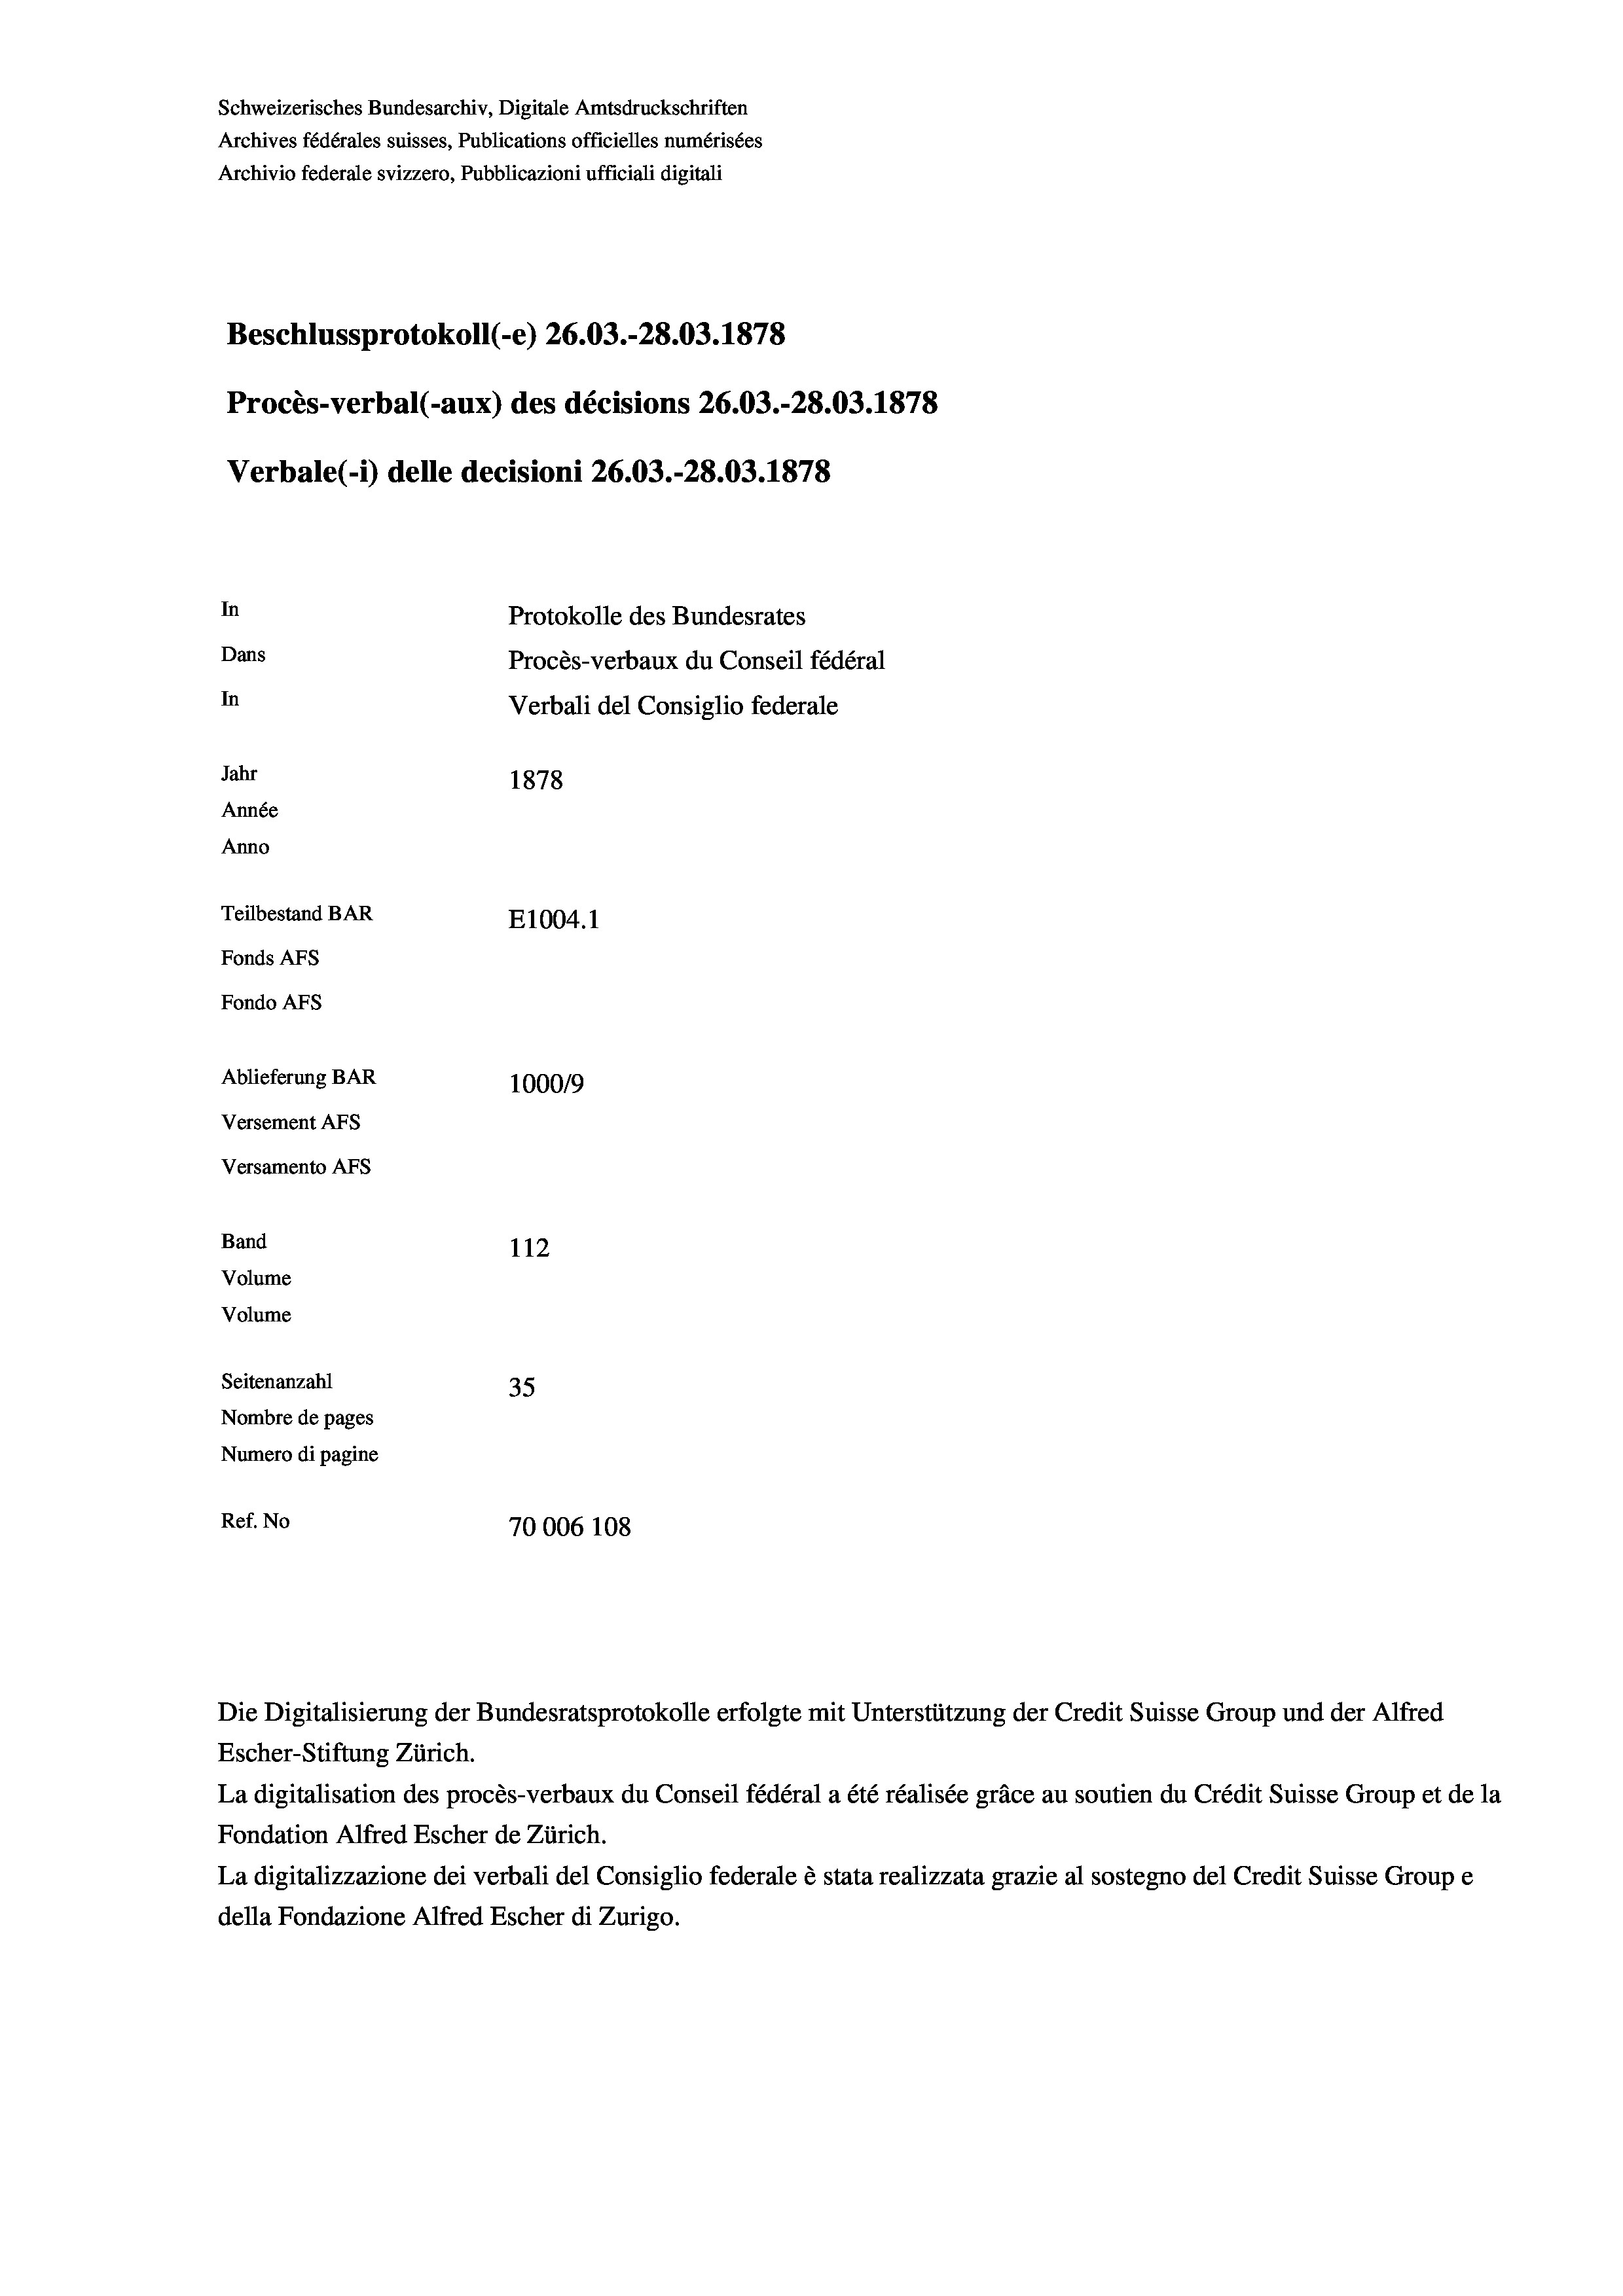
Schweizerisches Bundesarchiv, Digitale Amtsdruckschriften
Archives fédérales suisses, Publications officielles numérisées
Archivio federale svizzero, Pubblicazioni ufficiali digitali
Beschlussprotokoll (-e) 26.03.-28.03. 1878
Procès-verbal (-aux) des décisions 26.03.-28.03. 1878
Verbale (i) delle decisioni 26.03.-28.03. 1878
In
Protokolle des Bundesrates
Dans
Procès-verbaux du Conseil fédéral
In
Verbali del Consiglio federale
Jahr
1878
Année
Anno
Teilbestand BAR
E1004. 1
Fonds AFs
Fondo Afs
Ablieferung BAR
100019
Versement AFs
Versamento AFs
Band
112
Volume
Volume
Seitenanzahl
35
Nombre de pages
Numero di pagine
Ref. No
70006 108

Escher-Stiftung Zürich.
La digitalisation des procès-verbaux du Conseil fédéral a été réalisée gräce au soutien du Crédit Suisse Group et de la
Fondation Alfred Escher de Zürich.
La digitalizzazione dei verbali del Consiglio federale è stata realizzata grazie al sostegno del Credit Suisse Groupe
della Fondazione Alfred Escher di Zurigo.

Die Digitalisierung der Bundesratsprotokolle erfolgte mit Unterstützung der Credit Suisse Group und der Alfred